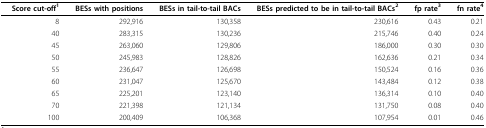
<table><thead><tr><td><b>Score cut-off<sup>1</sup></b></td><td><b>BESs with positions</b></td><td><b>BESs in tail-to-tail BACs</b></td><td><b>BESs predicted to be in tail-to-tail BACs<sup>2 </sup></b></td><td><b>fp rate<sup>3</sup></b></td><td><b>fn rate<sup>4</sup></b></td></tr></thead><tbody><tr><td>8</td><td>292,916</td><td>130,358</td><td>230,616</td><td>0.43</td><td>0.21</td></tr><tr><td>40</td><td>283,315</td><td>130,236</td><td>215,746</td><td>0.40</td><td>0.24</td></tr><tr><td>45</td><td>263,060</td><td>129,806</td><td>186,000</td><td>0.30</td><td>0.30</td></tr><tr><td>50</td><td>245,983</td><td>128,826</td><td>162,636</td><td>0.21</td><td>0.34</td></tr><tr><td>55</td><td>236,647</td><td>126,698</td><td>150,524</td><td>0.16</td><td>0.36</td></tr><tr><td>60</td><td>231,047</td><td>125,670</td><td>143,484</td><td>0.12</td><td>0.38</td></tr><tr><td>65</td><td>225,201</td><td>123,140</td><td>136,314</td><td>0.10</td><td>0.40</td></tr><tr><td>70</td><td>221,398</td><td>121,134</td><td>131,750</td><td>0.08</td><td>0.40</td></tr><tr><td>100</td><td>200,409</td><td>106,368</td><td>107,954</td><td>0.01</td><td>0.46</td></tr></tbody></table>